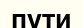
пути